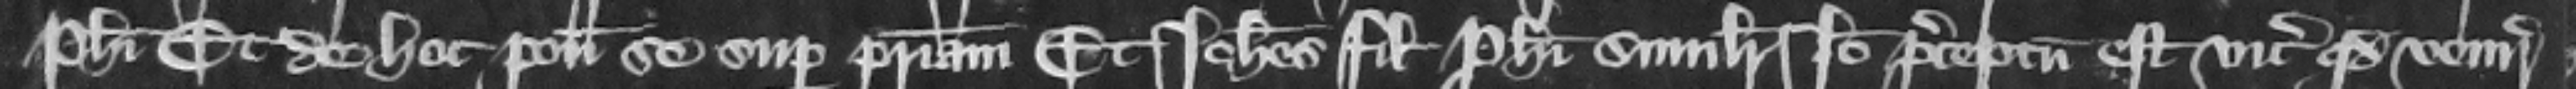
Philippi. Et de hoc ponit se super patriam. Et Iohannes filius Philippi similiter. Ideo preceptum est vicecomiti quod venire